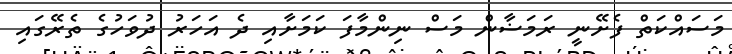
މަސައްކަތް ފެށޭނީ ރަމަޟާން މަސް ނިންމާފަ ކަމަށާއި ދެ އަހަރު ދުވަހުގެ ތެރޭގައި